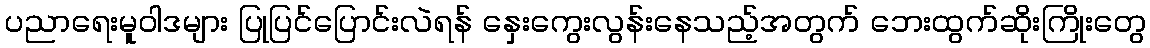
ပညာရေးမူဝါဒများ ပြုပြင်ပြောင်းလဲရန် နှေးကွေးလွန်းနေသည့်အတွက် ဘေးထွက်ဆိုးကြိုးတွေ